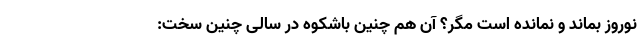
نوروز بماند و نمانده است مگر؟ آن هم چنین باشکوه در سالی چنین سخت: